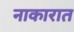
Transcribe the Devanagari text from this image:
नाकारात